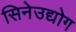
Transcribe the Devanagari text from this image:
सिनेउद्योग